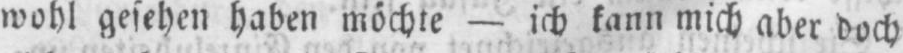
wohl gesehen haben möchte - ich kann mich aber doch